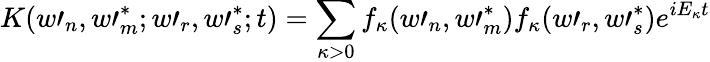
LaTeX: K(w\prime_{n},w\prime_{m}^{\ast};w\prime_{r},w\prime_{s}^{\ast};t)=\sum_{\kappa>0}f_{\kappa}(w\prime_{n},w\prime_{m}^{\ast})f_{\kappa}(w\prime_{r},w\prime_{s}^{\ast})e^{iE_{\kappa}t}